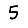
Digit: 5